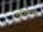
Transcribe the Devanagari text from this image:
फिजिओलॉजी